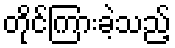
တိုင်ကြားခဲ့သည့်